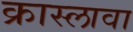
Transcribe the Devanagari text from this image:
क्रास्लावा